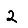
Digit: 2